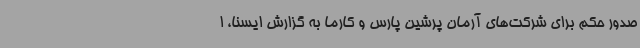
صدور حکم برای شرکت‌های آرمان پرشین پارس و کارما به گزارش ایسنا، ا